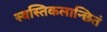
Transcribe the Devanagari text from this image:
स्वस्तिकलान्छितं